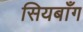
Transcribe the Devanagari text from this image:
सियबाँग